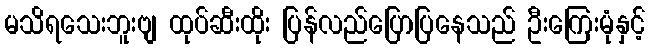
မသိရသေးဘူးဗျ ထုပ်ဆီးထိုး ပြန်လည်ပြောပြနေသည် ဦးကြေးမုံနှင့်